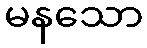
မနသော